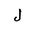
Letter: _lam